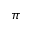
\pi